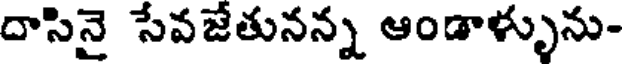
దాసినై సేవజేతునన్న ఆండాళ్ళును-